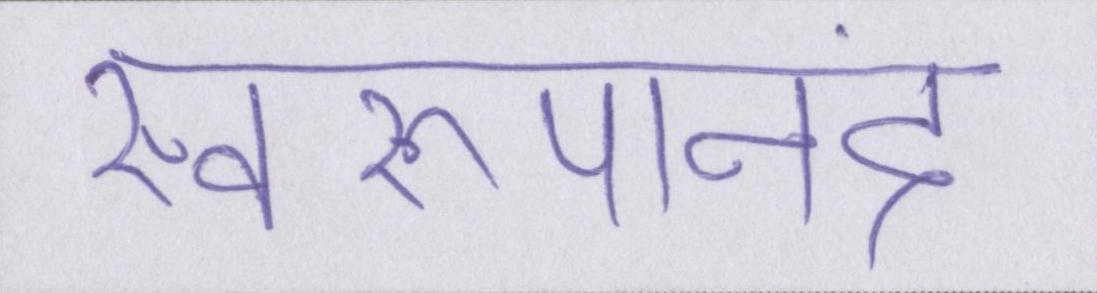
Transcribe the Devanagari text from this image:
स्वरूपानंद